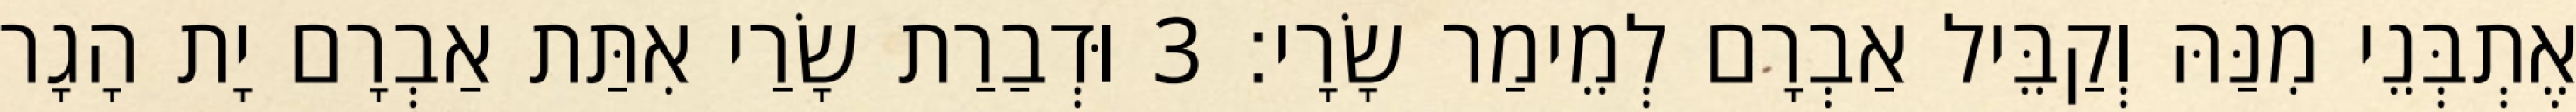
אֶתְבְּנֵי מִנַּהּ וְקַבֵּיל אַבְרָם לְמֵימַר שָׂרָי׃ 3 וּדְבַרַת שָׂרַי אִתַּת אַבְרָם יָת הָגָר